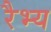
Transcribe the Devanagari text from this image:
रैभ्य